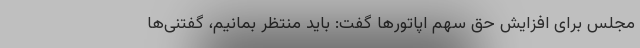
مجلس برای افزایش حق سهم اپاتورها گفت: باید منتظر بمانیم، گفتنی‌ها